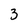
Character: 3